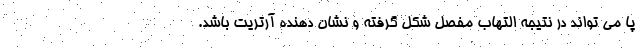
پا می تواند در نتیجه التهاب مفصل شکل گرفته و نشان دهنده آرتریت باشد.